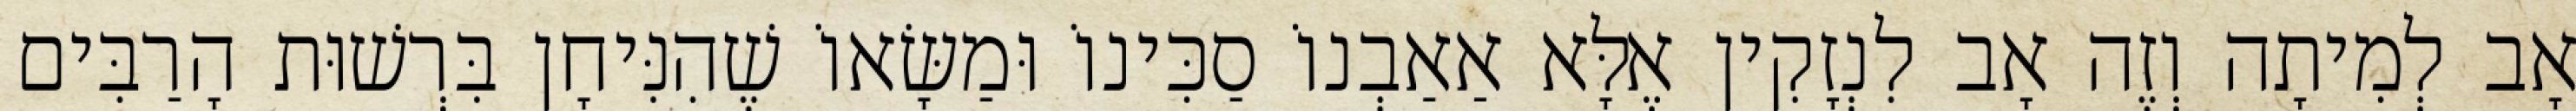
אָב לְמִיתָה וְזֶה אָב לִנְזָקִין אֶלָּא אַאַבְנוֹ סַכִּינוֹ וּמַשָּׂאוֹ שֶׁהִנִּיחָן בִּרְשׁוּת הָרַבִּים